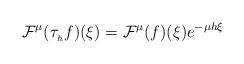
LaTeX: \begin{align*} \mathcal{F}^\mu(\tau_{_h}f)(\xi) = \mathcal{F}^\mu (f)(\xi) e^{-\mu h\xi}\end{align*}